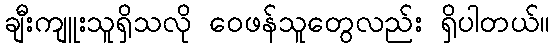
ချီးကျူးသူရှိသလို ဝေဖန်သူတွေလည်း ရှိပါတယ်။